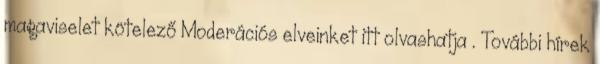
magaviselet kötelező Moderációs elveinket itt olvashatja . További hírek